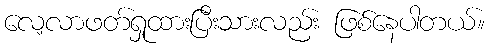
လေ့လာဖတ်ရှုထားပြီးသားလည်း ဖြစ်နေပါတယ်။